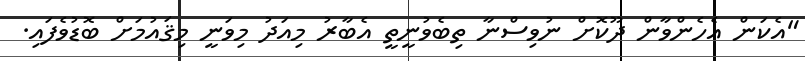
"އެކަން އެހެންވާން ދޫކޮށް ނުވިސްނާ ތިބެވުނީތީ އެބާރު މިއަދު މިވަނީ މިޤައުމަށް ބޮޑުވެފައި.